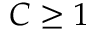
C \geq 1